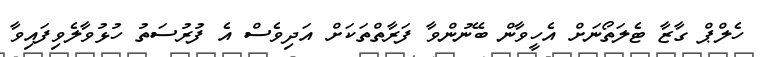
ހެލްޕް ގާޒާ ޓެލަތޯނަށް އެހީވާން ބޭނުންވާ ފަރާތްތަކަށް އަދިވެސް އެ ފުރުސަތު ހުޅުވާލެވިފައިވާ